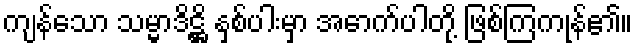
ကျန်သော သမ္မာဒိဋ္ဌိ နှစ်ပါးမှာ အောက်ပါတို့ ဖြစ်ကြကုန်၏။